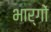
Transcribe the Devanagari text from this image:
भार्गों